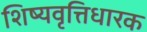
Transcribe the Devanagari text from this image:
शिष्यवृत्तिधारक